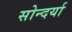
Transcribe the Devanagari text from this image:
सोन्दर्या